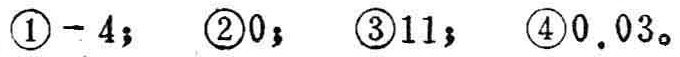
\textcircled{1}$-4$； \textcircled{2}$0$； \textcircled{3}$11$； \textcircled{4}$0.03$。